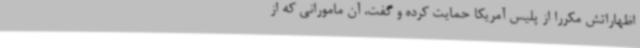
اظهاراتش مکررا از پلیس آمریکا حمایت کرده و گفت، آن مامورانی که از